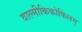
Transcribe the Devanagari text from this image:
वाल्मीकिकोकिलम्‌